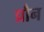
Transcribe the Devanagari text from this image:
प्रौन